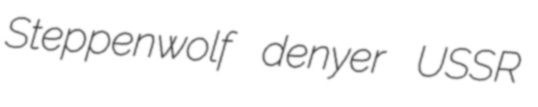
Steppenwolf denyer USSR